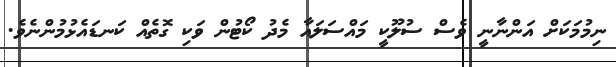
ނިމުމަކަށް އަންނާނީ ވެސް ސުލޫކީ މައްސަލައާ މެދު ކޯޓުން ވަކި ގޮތެއް ކަނޑައެޅުމުންނެވެ.